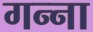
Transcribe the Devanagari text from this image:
गन्‍ना